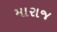
મારાજ